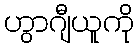
ဟွာဂျီယူကို